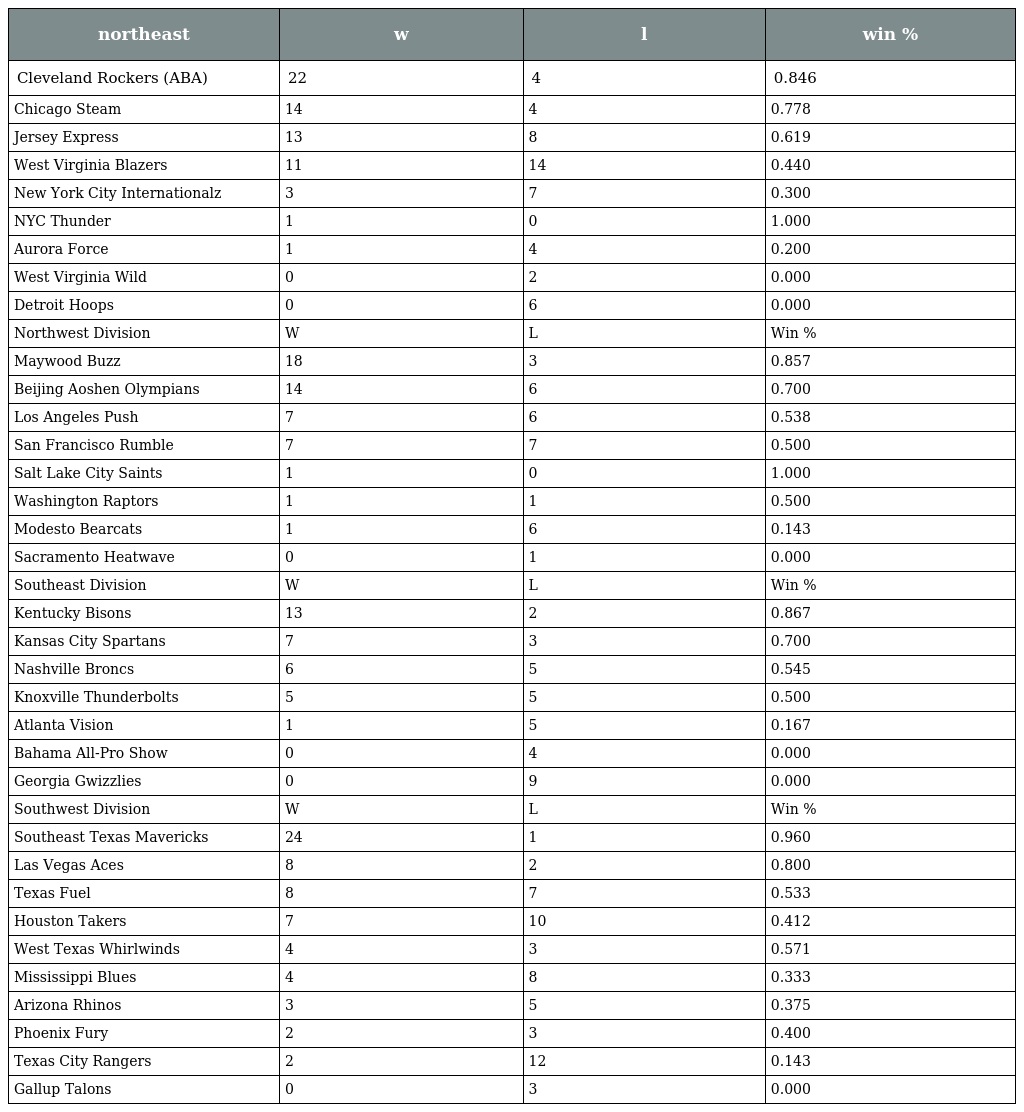
| northeast | w | l | win % |
 | --- | --- | --- | --- |
 | Cleveland Rockers (ABA) | 22 | 4 | 0.846 |
 | Chicago Steam | 14 | 4 | 0.778 |
 | Jersey Express | 13 | 8 | 0.619 |
 | West Virginia Blazers | 11 | 14 | 0.440 |
 | New York City Internationalz | 3 | 7 | 0.300 |
 | NYC Thunder | 1 | 0 | 1.000 |
 | Aurora Force | 1 | 4 | 0.200 |
 | West Virginia Wild | 0 | 2 | 0.000 |
 | Detroit Hoops | 0 | 6 | 0.000 |
 | Northwest Division | W | L | Win % |
 | Maywood Buzz | 18 | 3 | 0.857 |
 | Beijing Aoshen Olympians | 14 | 6 | 0.700 |
 | Los Angeles Push | 7 | 6 | 0.538 |
 | San Francisco Rumble | 7 | 7 | 0.500 |
 | Salt Lake City Saints | 1 | 0 | 1.000 |
 | Washington Raptors | 1 | 1 | 0.500 |
 | Modesto Bearcats | 1 | 6 | 0.143 |
 | Sacramento Heatwave | 0 | 1 | 0.000 |
 | Southeast Division | W | L | Win % |
 | Kentucky Bisons | 13 | 2 | 0.867 |
 | Kansas City Spartans | 7 | 3 | 0.700 |
 | Nashville Broncs | 6 | 5 | 0.545 |
 | Knoxville Thunderbolts | 5 | 5 | 0.500 |
 | Atlanta Vision | 1 | 5 | 0.167 |
 | Bahama All-Pro Show | 0 | 4 | 0.000 |
 | Georgia Gwizzlies | 0 | 9 | 0.000 |
 | Southwest Division | W | L | Win % |
 | Southeast Texas Mavericks | 24 | 1 | 0.960 |
 | Las Vegas Aces | 8 | 2 | 0.800 |
 | Texas Fuel | 8 | 7 | 0.533 |
 | Houston Takers | 7 | 10 | 0.412 |
 | West Texas Whirlwinds | 4 | 3 | 0.571 |
 | Mississippi Blues | 4 | 8 | 0.333 |
 | Arizona Rhinos | 3 | 5 | 0.375 |
 | Phoenix Fury | 2 | 3 | 0.400 |
 | Texas City Rangers | 2 | 12 | 0.143 |
 | Gallup Talons | 0 | 3 | 0.000 |